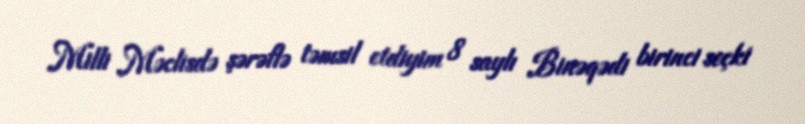
Milli Məclisdə şərəflə təmsil etdiyim 8 saylı Binəqədi birinci seçki